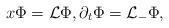
LaTeX: \begin{align*}x\Phi=\mathcal{L}\Phi,\partial_t \Phi=\mathcal{L}_-\Phi,\end{align*}